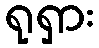
ရုရှား